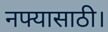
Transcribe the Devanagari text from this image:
नफ्यासाठी।